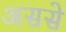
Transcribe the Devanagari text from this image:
अससे